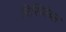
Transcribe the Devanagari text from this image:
रिसिवेब्ल